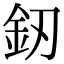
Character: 釼